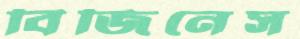
বিজিনেস